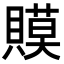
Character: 𧷸